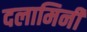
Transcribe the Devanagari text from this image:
दलामिनी